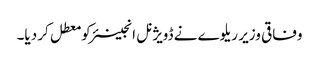
وفاقی وزیر ریلوے نے ڈویژنل انجینئر کو معطل کر دیا۔